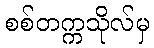
စစ်တက္ကသိုလ်မှ